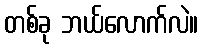
တစ်ခု ဘယ်လောက်လဲ။